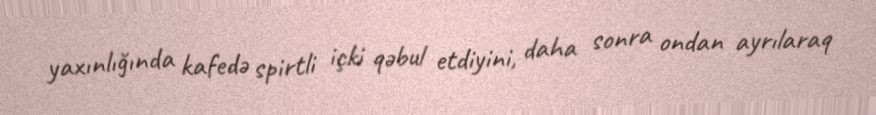
yaxınlığında kafedə spirtli içki qəbul etdiyini, daha sonra ondan ayrılaraq